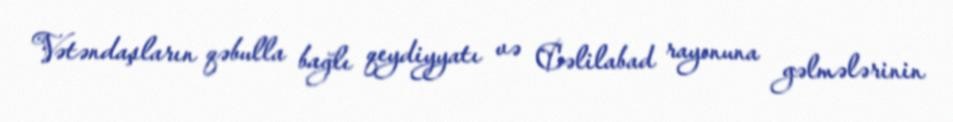
Vətəndaşların qəbulla bağlı qeydiyyatı və Cəlilabad rayonuna gəlmələrinin